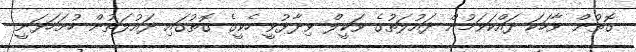
ގޮތުން ވާހަކަ ދައްކަވަމުން ދައުލަތުގެ ވަކީލް ވިދާޅުވީ ހެކީގެ ގޮތުގައި ދައުލަތުން ހުށަހަޅަނީ